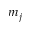
m _ { j }